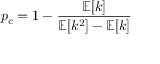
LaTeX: p _ { c } = 1 - { \frac { \mathbb { E } [ k ] } { \mathbb { E } [ k ^ { 2 } ] - \mathbb { E } [ k ] } }